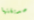
صديقتها